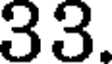
33.